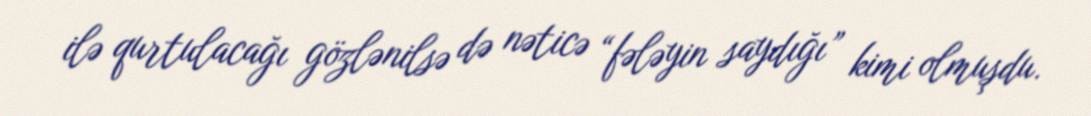
ilə qurtulacağı gözlənilsə də nəticə “fələyin saydığı” kimi olmuşdu.